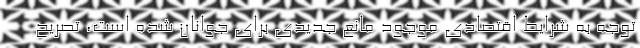
توجه به شرایط اقتصادی موجود مانع جدیدی برای جوانان شده است، تصریح